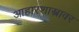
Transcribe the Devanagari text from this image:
आहारशास्त्रावर